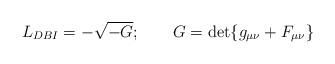
LaTeX: \begin{align*}L_{DBI}=-\sqrt{-G};\qquad G=\det\{g_{\mu \nu }+F_{\mu \nu }\} \end{align*}